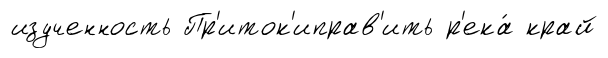
изученность Пр'иток'иправ'ить р'ека́ край